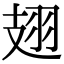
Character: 翅